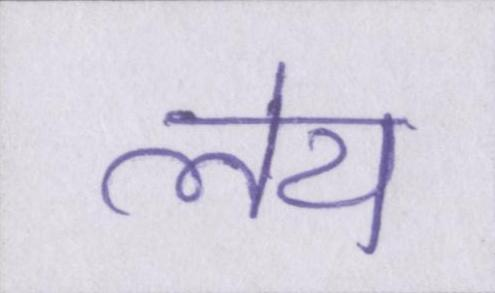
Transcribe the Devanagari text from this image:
लेय